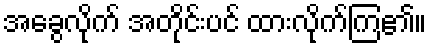
အခွေလိုက် အတိုင်းပင် ထားလိုက်ကြ၏။